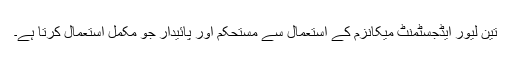
تین لیور ایڈجسٹمنٹ میکانزم کے استعمال سے مستحکم اور پائیدار جو مکمل استعمال کرتا ہے۔